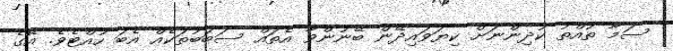
ސަމާ ތުއްތު ކުދިންނަށް ކިޔަވައިދޭން ބޭނުންވާ އެތައް ސަބަބުތަކެއް އެބަ ހުއްޓެވެ. އޭގެ